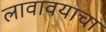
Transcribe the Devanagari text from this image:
लावावयाचा